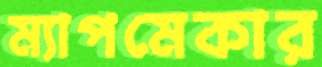
ম্যাপমেকার